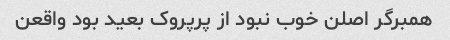
همبرگر اصلن خوب نبود از پرپروک بعید بود واقعن